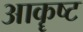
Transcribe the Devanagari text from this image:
आकॄष्‍ट